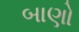
બાણો